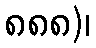
၈၈၈)၊